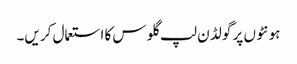
ہو نٹو ں پر گو لڈ ن لپ گلو س کا استعمال کر یں۔